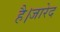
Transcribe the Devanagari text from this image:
है।जारेद